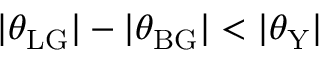
| \theta _ { \mathrm { L G } } | - | \theta _ { \mathrm { B G } } | < | \theta _ { \mathrm { Y } } |